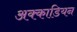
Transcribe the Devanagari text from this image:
अक्काडियन